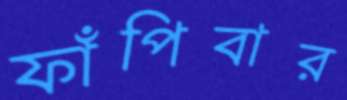
ফাঁপিবার